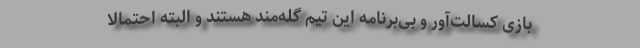
بازی کسالت‌آور و بی‌برنامه این تیم گله‌مند هستند و البته احتمالاً